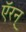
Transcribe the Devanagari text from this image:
ऍरन्